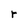
Character: r